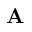
\mathbf { A }